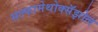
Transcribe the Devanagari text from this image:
सल्फामेथोक्सॅझोल